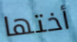
أختها